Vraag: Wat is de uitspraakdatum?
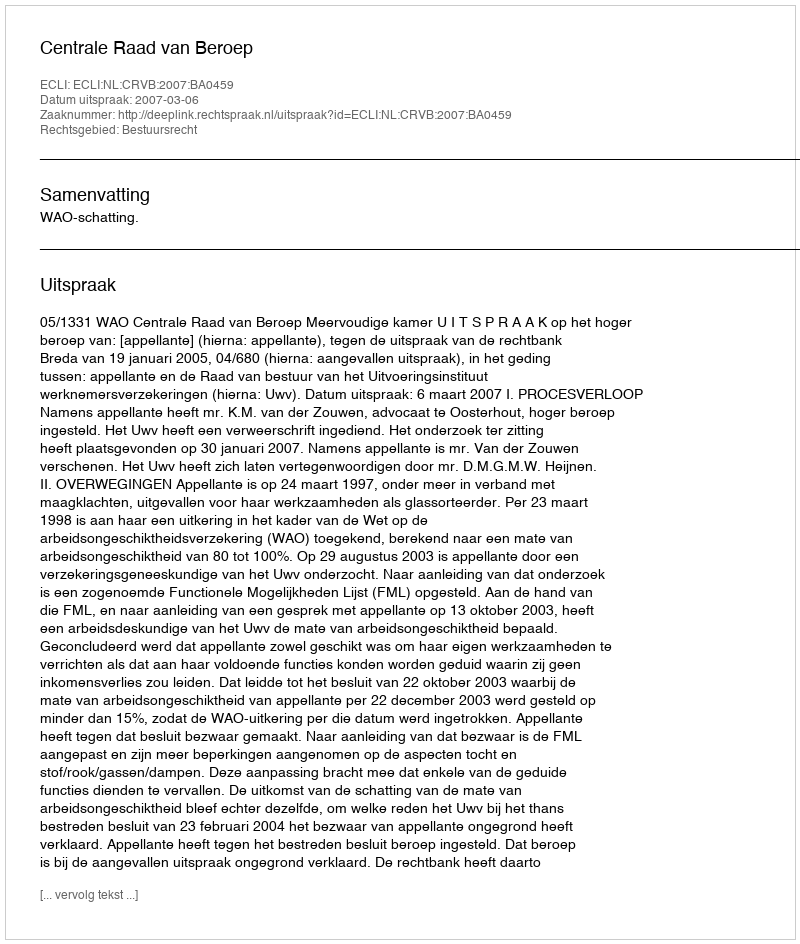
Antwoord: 2007-03-06